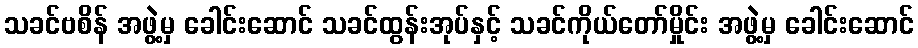
သခင်ဗစိန် အဖွဲ့မှ ခေါင်းဆောင် သခင်ထွန်းအုပ်နှင့် သခင်ကိုယ်တော်မှိုင်း အဖွဲ့မှ ခေါင်းဆောင်